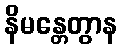
နိမန္တေတွာန